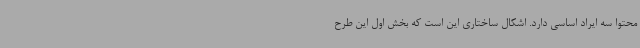
محتوا سه ایراد اساسی دارد. اشکال ساختاری این است که بخش اول این طرح